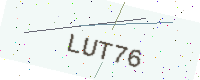
Text: LUT76